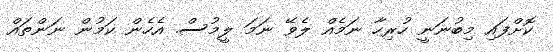
ކޮށްފައި މިބުނަނީ ހުރިހާ ނަމެއް ލެވޭ ނަމަ ލީމުސް. އެހެން ކަމުން ނަންތައް